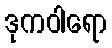
ဒုကဝါရော